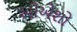
ઓએશો